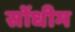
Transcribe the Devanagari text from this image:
सोंधीम